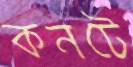
কনটে